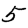
Digit: 5